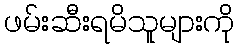
ဖမ်းဆီးရမိသူများကို